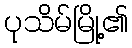
ပုသိမ်မြို့၏